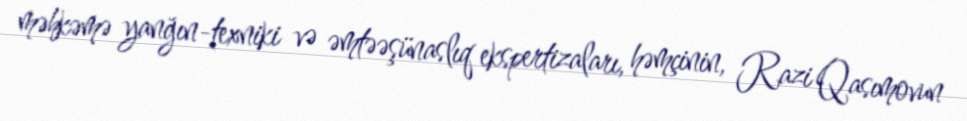
məhkəmə yanğın-texniki və əmtəəşünaslıq ekspertizaları, həmçinin, Razi Qasımovun